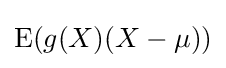
\operatorname {E} (g(X)(X-\mu ))